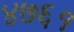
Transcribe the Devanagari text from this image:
४७६१